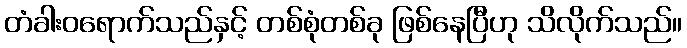
တံခါးဝရောက်သည်နှင့် တစ်စုံတစ်ခု ဖြစ်နေပြီဟု သိလိုက်သည်။